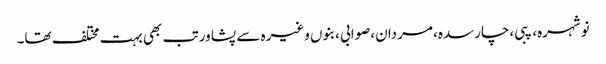
نوشہرہ، پبی،چارسدہ، مردان،صوابی ،بنوں وغیرہ سے پشاور تب بھی بہت مختلف تھا۔